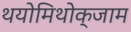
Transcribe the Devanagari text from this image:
थयोमिथोक्‍जाम